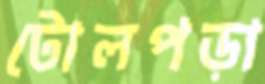
টোলপড়া